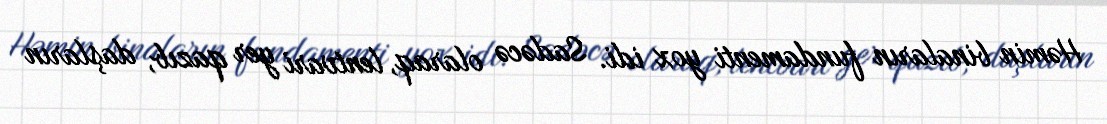
Həmin binaların fundamenti yox idi. Sadəcə olaraq, lentvari yer qazıb, daşların